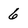
Character: 6